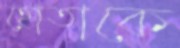
হোতাকে